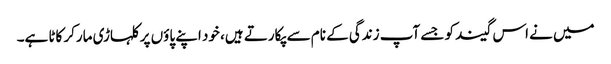
میں نے اس گیند کو جسے آپ زندگی کے نام سے پکارتے ہیں، خود اپنے پاؤں پر کلہاڑی مارکر کاٹا ہے۔